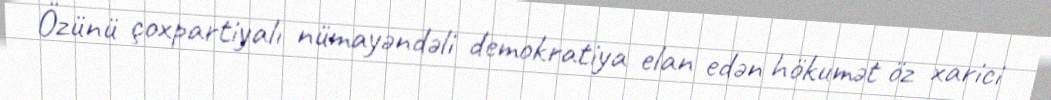
Özünü çoxpartiyalı nümayəndəli demokratiya elan edən hökumət öz xarici